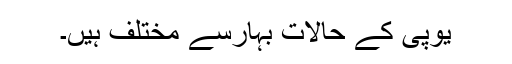
یوپی کے حالات بہارسے مختلف ہیں۔